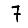
Digit: 7